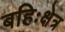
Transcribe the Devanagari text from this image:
बहिःक्षेत्र